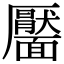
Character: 靨